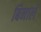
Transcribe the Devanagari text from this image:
बिनाले